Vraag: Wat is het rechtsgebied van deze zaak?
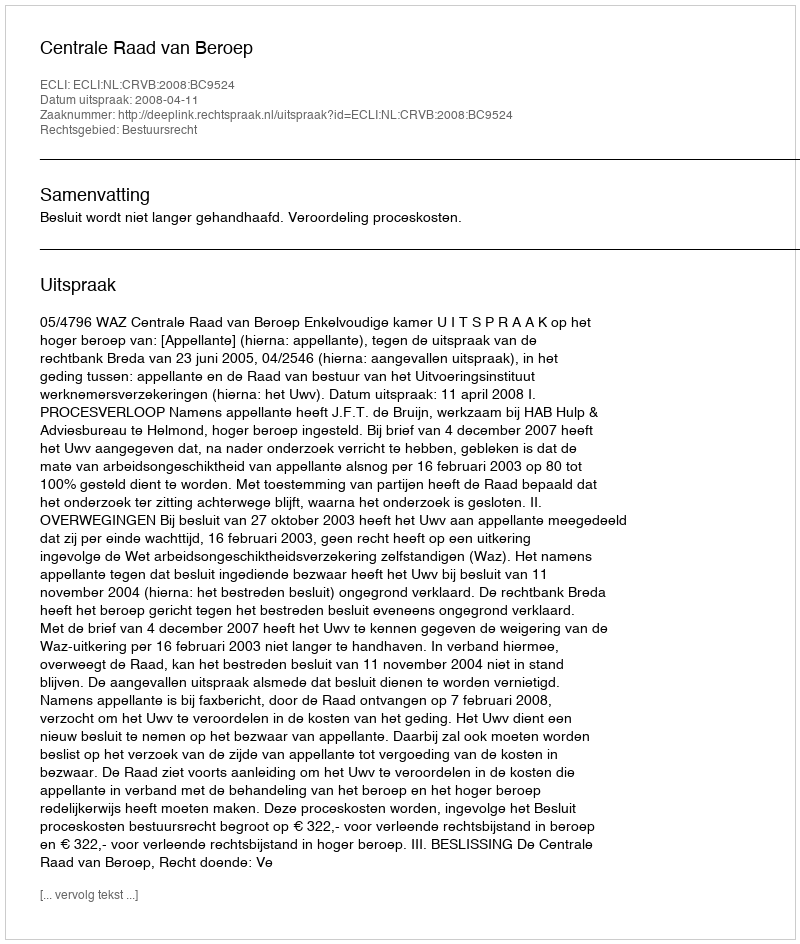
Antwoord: Bestuursrecht